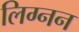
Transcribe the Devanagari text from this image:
लिग्नन